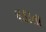
લડાતા